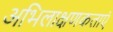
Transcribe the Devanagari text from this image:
अभिलाक्षणकताएं